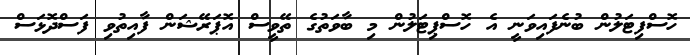
ހޮސްފިޓަލުން ބުނެފައިވަނީ އެ ހޮސްޕިޓަލުން މި ބާވަތުގެ ތޭވީސް އޮޕަރޭޝަން ފާއިތުވި ފަސްދޮޅަސް